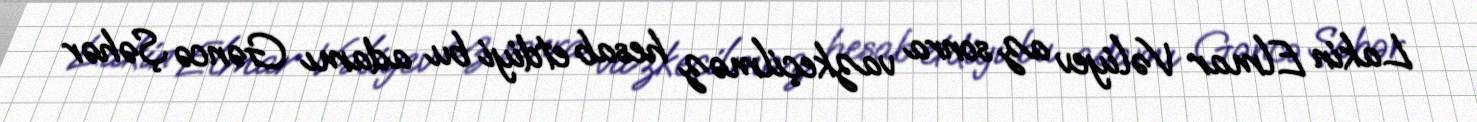
Lakin Elmar Vəliyev az sonra vazkeçilməz hesab etdiyi bu adamı Gəncə Şəhər